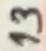
Text: 13